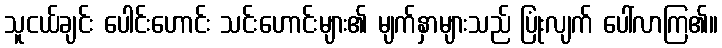
သူငယ်ချင်း ပေါင်းဟောင်း သင်းဟောင်းများ၏ မျက်နှာများသည် ပြုံးလျက် ပေါ်လာကြ၏။